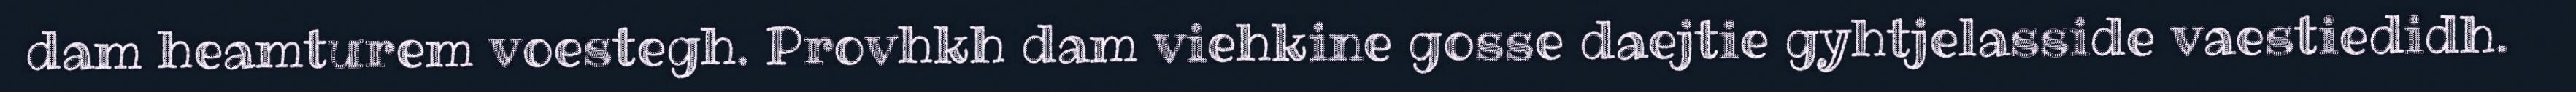
dam heamturem voestegh. Provhkh dam viehkine gosse daejtie gyhtjelasside vaestiedidh.